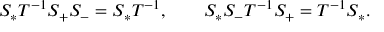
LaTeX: S _ { * } T ^ { - 1 } S _ { + } S _ { - } = S _ { * } T ^ { - 1 } , \qquad S _ { * } S _ { - } T ^ { - 1 } S _ { + } = T ^ { - 1 } S _ { * } .